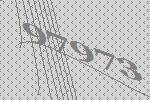
97973